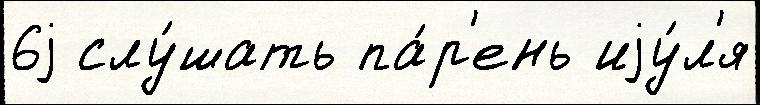
6j слу́шать па́р'ень иjу́л'я